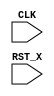
module TOP(CLK, RST_X);
  input CLK;
  input RST_X;
  reg [3:0] cnt;

  function [3:0] inc;
    input [3:0] in;
    begin
      if(&inc) begin
        inc = 0;
      end else begin
        inc = in + 1;
      end
    end
  endfunction
  
  always @(posedge CLK or negedge RST_X) begin
    if(!RST_X) begin
      cnt <= 0;
    end else begin
      cnt <= inc(cnt);
    end
  end
  
endmodule